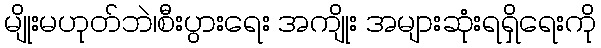
မျိုးမဟုတ်ဘဲ၊စီးပွားရေး အကျိုး အများဆုံးရရှိရေးကို